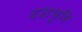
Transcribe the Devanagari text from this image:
दशभूमि